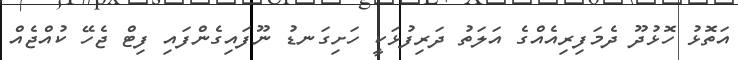
އަތޮޅު ހޮޅުދޫ ދެމަފިރިއެއްގެ އަލަތު ދަރިފުޅަކީ ހަށިގަނޑު ނޫފައިގެންފައި ފިޓް ޖެހޭ ކުއްޖެއް